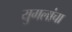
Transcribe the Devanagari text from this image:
युगलांचा